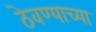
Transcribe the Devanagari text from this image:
ठेवण्‍याच्‍या